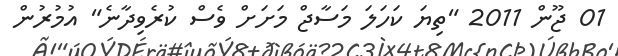
01 ޖޫން 2011 "ތިޔަ ކަހަލަ މަސާޖް މަށަށް ވެސް ކުރެވިދާނެ" އުމުރުން